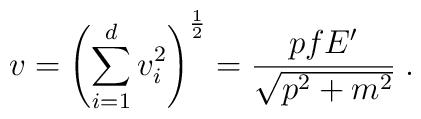
v = \left( \sum_{i = 1}^d v_i^2 \right)^{\frac{1}{2}} = \frac{p f E'}{\sqrt{p^2 + m^2}} \; .